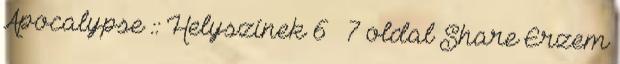
Apocalypse :: Helyszínek 6 7 oldal Share Érzem